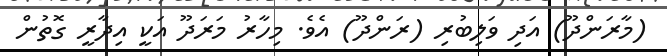
(މާރަންދޫ) އަދި ވަލިބުރި (ރަންދޫ) އެވެ. މިހާރު މަރަދޫ އަކީ އިދާރީ ގޮތުން